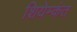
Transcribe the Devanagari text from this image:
शियेम्कंत